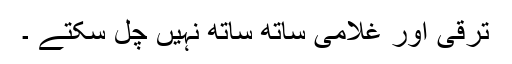
ترقی اور غلامی ساتھ ساتھ نہیں چل سکتے ۔